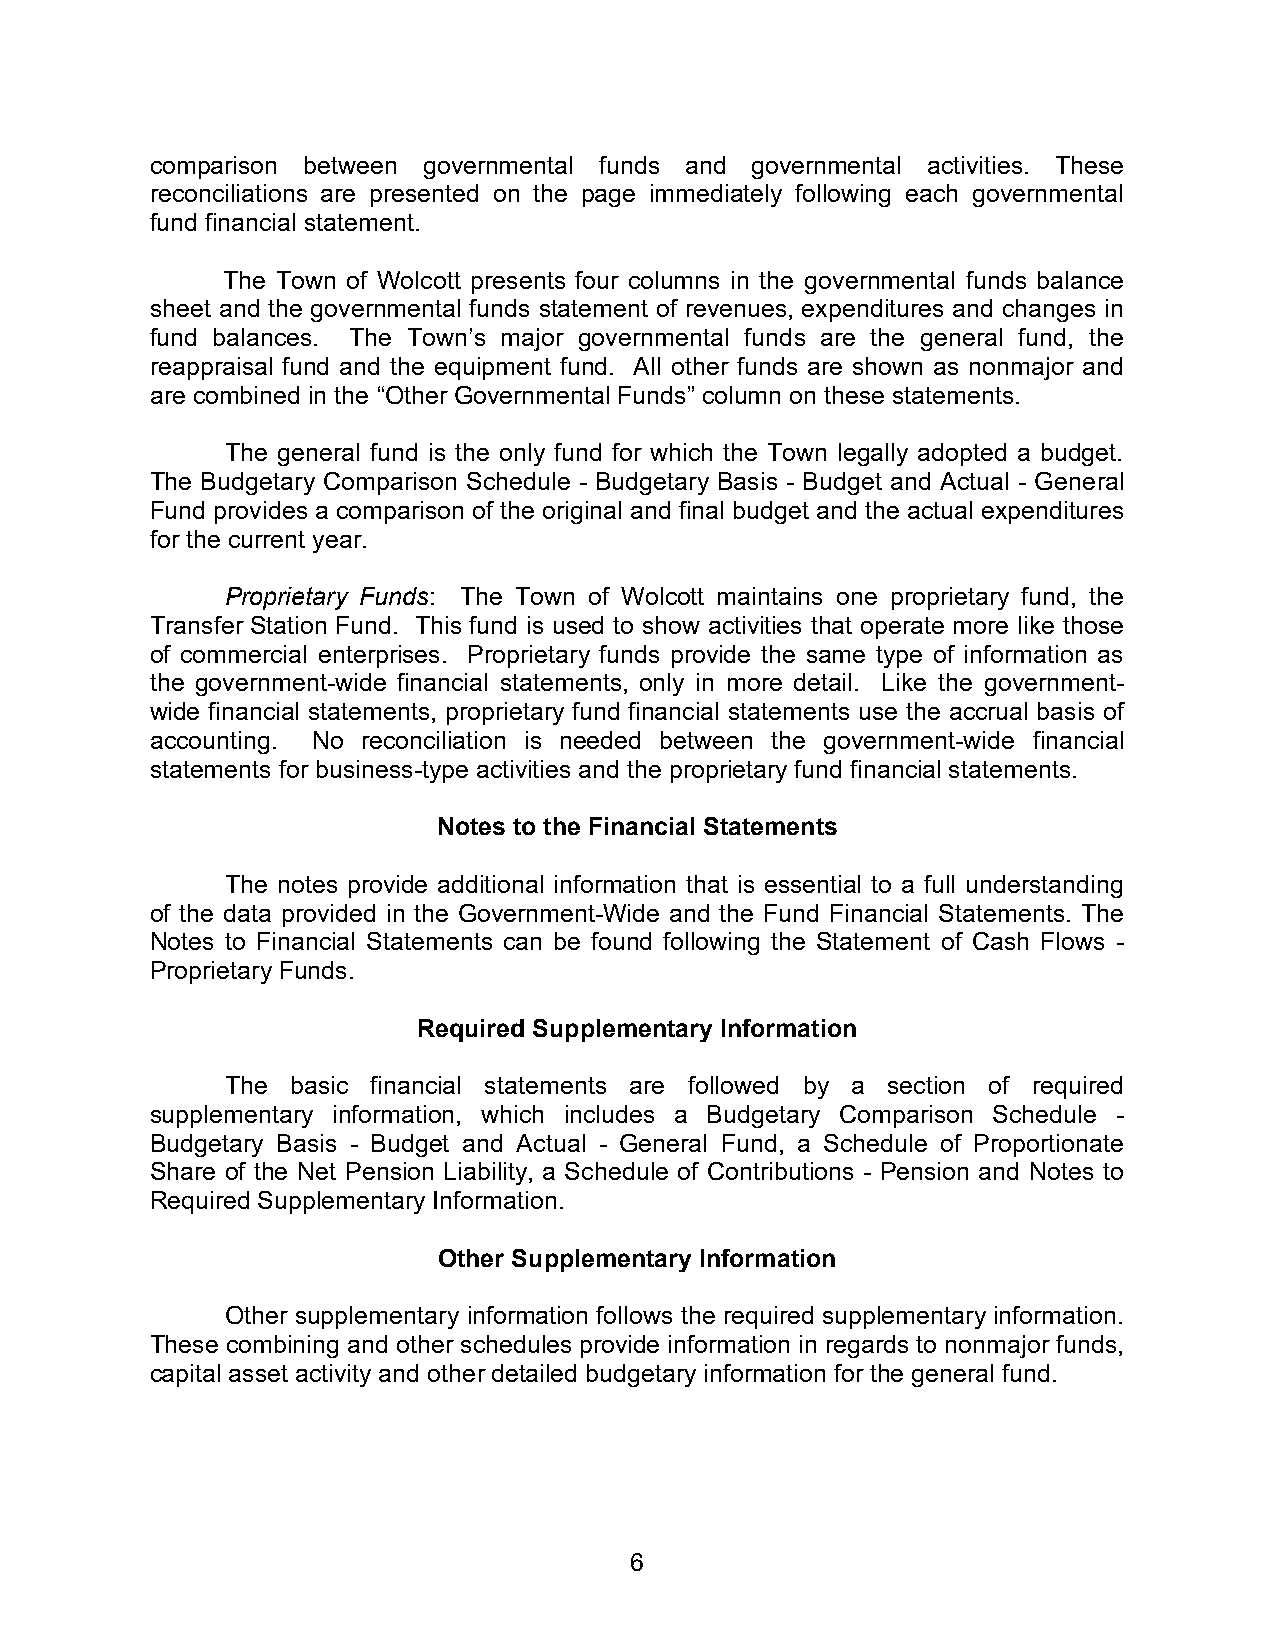
comparison between governmental funds and governmental activities. These
 reconciliations are presented on the page immediately following each governmental
 fund financial statement.
 The Town of Wolcott presents four columns in the governmental funds balance
 sheet and the governmental funds statement of revenues, expenditures and changes in
 fund balances. The Town’s major governmental funds are the general fund, the
 reappraisal fund and the equipment fund. All other funds are shown as nonmajor and
 are combined in the “Other Governmental Funds” column on these statements.
 The general fund is the only fund for which the Town legally adopted a budget.
 The Budgetary Comparison Schedule - Budgetary Basis - Budget and Actual - General
 Fund provides a comparison of the original and final budget and the actual expenditures
 for the current year.
 Proprietary Funds: The Town of Wolcott maintains one proprietary fund, the
 Transfer Station Fund. This fund is used to show activities that operate more like those
 of commercial enterprises. Proprietary funds provide the same type of information as
 the government-wide financial statements, only in more detail. Like the government-
 wide financial statements, proprietary fund financial statements use the accrual basis of
 accounting. No reconciliation is needed between the government-wide financial
 statements for business-type activities and the proprietary fund financial statements.
 Notes to the Financial Statements
 The notes provide additional information that is essential to a full understanding
 of the data provided in the Government-Wide and the Fund Financial Statements. The
 Notes to Financial Statements can be found following the Statement of Cash Flows -
 Proprietary Funds.
 Required Supplementary Information
 The basic financial statements are followed by a section of required
 supplementary information, which includes a Budgetary Comparison Schedule -
 Budgetary Basis - Budget and Actual - General Fund, a Schedule of Proportionate
 Share of the Net Pension Liability, a Schedule of Contributions - Pension and Notes to
 Required Supplementary Information.
 Other Supplementary Information
 Other supplementary information follows the required supplementary information.
 These combining and other schedules provide information in regards to nonmajor funds,
 capital asset activity and other detailed budgetary information for the general fund.
 6